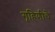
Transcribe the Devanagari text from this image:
गृहिणीचे